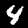
Label: 4